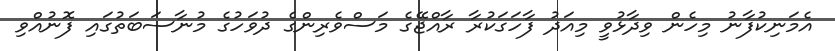
އެމަނިކުފާނު މިހެން ވިދާޅުވީ މިއަދު ފާހަގަކުރާ ރާއްޖޭގެ މަސްވެރިންގެ ދުވަހުގެ މުނާސަބަތުގައި ފޮނުއްވި